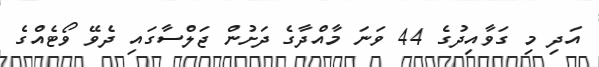
އަދި މި ގަވާއިދުގެ 44 ވަނަ މާއްދާގެ ދަށުން ޖަލްސާގައި ދެވޭ ވޯޓެއްގެ